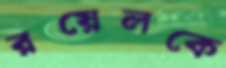
রয়েলকে